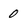
Character: 0